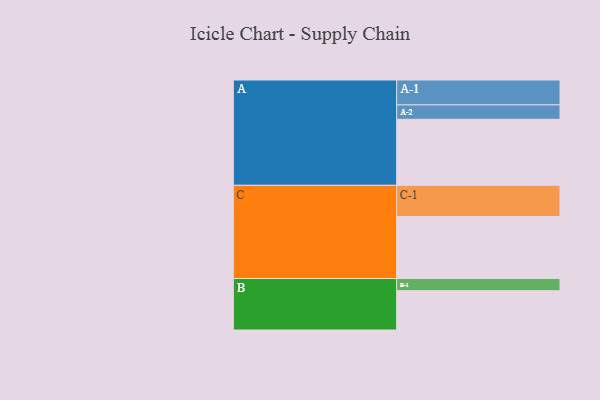
{"axis": {"x": "Segment", "y": "Value"}, "legend": ["", "A", "B", "C"], "data": [{"x": "A", "y": 581, "type": ""}, {"x": "B", "y": 346, "type": ""}, {"x": "C", "y": 545, "type": ""}, {"x": "A-1", "y": 219, "type": "A"}, {"x": "A-2", "y": 127, "type": "A"}, {"x": "B-1", "y": 107, "type": "B"}, {"x": "C-1", "y": 275, "type": "C"}]}